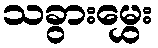
သခွားမွှေး